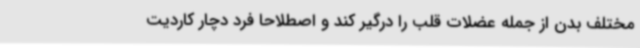
مختلف بدن از جمله عضلات قلب را درگیر کند و اصطلاحا فرد دچار کاردیت